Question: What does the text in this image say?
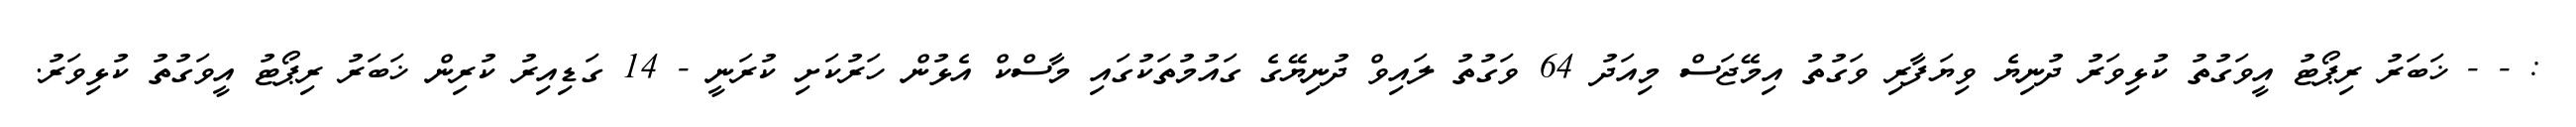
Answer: : - - ޚަބަރު ރިޕޯޓު އީވަގުތު ކުޅިވަރު ދުނިޔެ ވިޔަފާރި ވަގުތު އިމޭޖަސް މިއަދު 64 ވަގުތު ލައިވް ދުނިޔޭގެ ގައުމުތަކުގައި މާސްކް އެޅުން ހަރުކަށި ކުރަނީ - 14 ގަޑިއިރު ކުރިން ޚަބަރު ރިޕޯޓު އީވަގުތު ކުޅިވަރު.